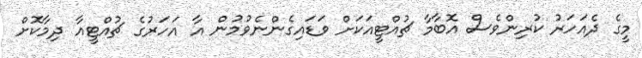
މީގެ ދެއަހަރު ކުރިންވެސް އޮބާމާ ޗުއްޓީއަކަށް ވަޑައިގެންނެވުމުން އާ އަހަރުގެ ޗުއްޓީއާ ދިމާކޮށް